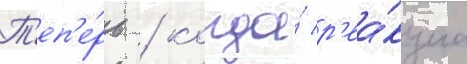
Т'еп'е́рь / когда́ р'еа́кциа